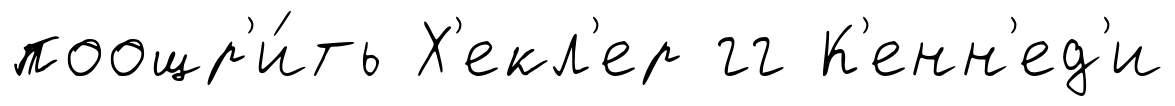
поощр'и́ть Х'екл'ер гг К'енн'ед'и